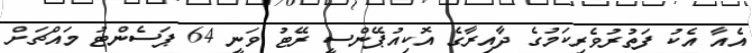
އެއާ އެކު ފަތުރުވެރިކަމުގެ ދާއިރާގެ އޮކިއުޕޭންސީ ރޭޓު ވަނީ 64 ޕަސެންޓު މައްޗަށް